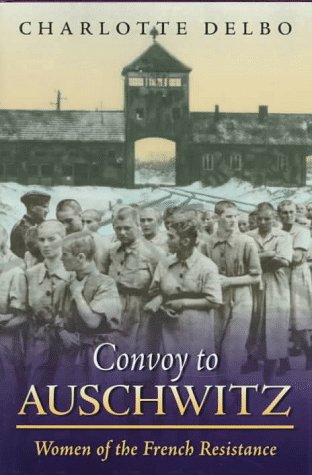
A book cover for Convoy To Auschwitz: Women of the French Resistance (Women's Life Writings from Around the World); Charlotte Delbo; Biographies & Memoirs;